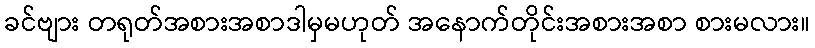
ခင်ဗျား တရုတ်အစားအစာဒါမှမဟုတ် အနောက်တိုင်းအစားအစာ စားမလား။